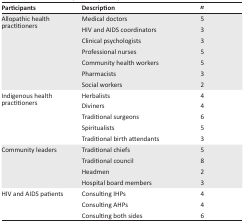
<table><thead><tr><td><b>Participants</b></td><td><b>Description</b></td><td><b><i>n</i></b></td></tr></thead><tbody><tr><td rowspan="7">Allopathic health practitioners</td><td>Medical doctors</td><td>5</td></tr><tr><td>HIV and AIDS coordinators</td><td>3</td></tr><tr><td>Clinical psychologists</td><td>3</td></tr><tr><td>Professional nurses</td><td>5</td></tr><tr><td>Community health workers</td><td>5</td></tr><tr><td>Pharmacists</td><td>3</td></tr><tr><td>Social workers</td><td>2</td></tr><tr><td rowspan="5">Indigenous health practitioners</td><td>Herbalists</td><td>4</td></tr><tr><td>Diviners</td><td>4</td></tr><tr><td>Traditional surgeons</td><td>6</td></tr><tr><td>Spiritualists</td><td>5</td></tr><tr><td>Traditional birth attendants</td><td>3</td></tr><tr><td rowspan="4">Community leaders</td><td>Traditional chiefs</td><td>5</td></tr><tr><td>Traditional council</td><td>8</td></tr><tr><td>Headmen</td><td>2</td></tr><tr><td>Hospital board members</td><td>3</td></tr><tr><td rowspan="3">HIV and AIDS patients</td><td>Consulting IHPs</td><td>4</td></tr><tr><td>Consulting AHPs</td><td>4</td></tr><tr><td>Consulting both sides</td><td>6</td></tr></tbody></table>